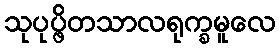
သုပုပ္ဖိတသာလရုက္ခမူလေ